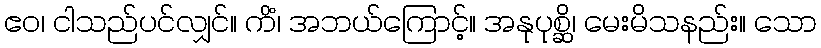
ဧဝ၊ ငါသည်ပင်လျှင်။ ကိံ၊ အဘယ်ကြောင့်။ အနုပုစ္ဆိ၊ မေးမိသနည်း။ သော